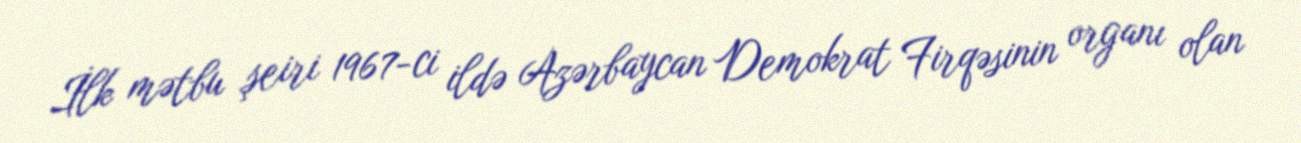
İlk mətbu şeiri 1967-ci ildə Azərbaycan Demokrat Firqəsinin organı olan